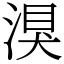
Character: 湨